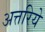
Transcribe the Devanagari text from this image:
अत्तरिये